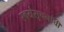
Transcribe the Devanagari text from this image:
स्वयंसुचनांची